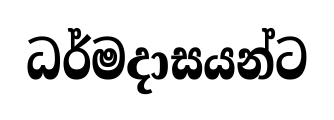
ධර්මදාසයන්ට